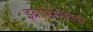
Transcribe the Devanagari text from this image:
इब्राहिमोविक